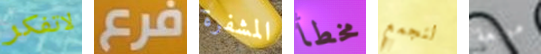
لاتفكر فرع المشفرة مخطأ لنجمع مولعة